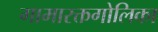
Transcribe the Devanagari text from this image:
गामारक्तगोलिका